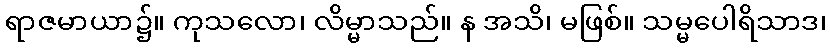
ရာဇမာယာ၌။ ကုသလော၊ လိမ္မာသည်။ န အသိ၊ မဖြစ်။ သမ္မပေါရိသာဒ၊